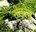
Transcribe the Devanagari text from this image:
रोडरेस